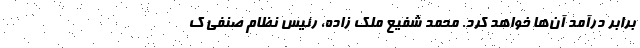
برابر درآمد آن‌ها خواهد کرد. محمد شفیع ملک زاده، رئیس نظام صنفی ک